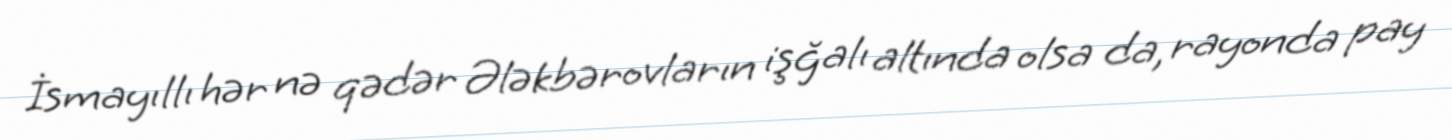
İsmayıllı hər nə qədər Ələkbərovların işğalı altında olsa da, rayonda pay